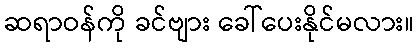
ဆရာဝန်ကို ခင်ဗျား ခေါ်ပေးနိုင်မလား။